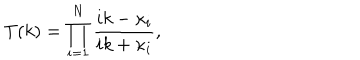
LaTeX: T ( k ) = \prod _ { i = 1 } ^ { N } { \frac { i k - \kappa _ { i } } { i k + \kappa _ { i } } } ,